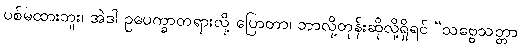
ပစ်မထားဘူး၊ အဲဒါ ဥပေက္ခာတရားလို့ ပြောတာ၊ ဘာလို့တုန်းဆိုလို့ရှိရင် “သဗ္ဗေသတ္တာ